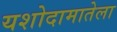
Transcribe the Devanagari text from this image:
यशोदामातेला